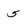
Character: 5